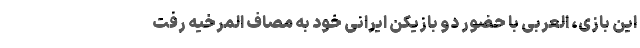
این بازی، العربی با حضور دو بازیکن ایرانی خود به مصاف المرخیه رفت